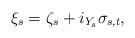
LaTeX: \begin{align*}\xi_{s} = \zeta_{s} + i_{Y_{s}}\sigma_{s,t},\end{align*}